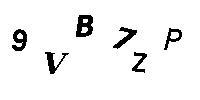
9VB7ZP